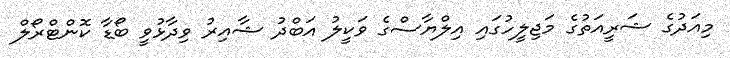
މިއަދުގެ ޝަރީއަތުގެ މަޖިލީހުގައި އިލްޔާސްގެ ވަކީލު އަބްދު ޝާއިރު ވިދާޅުވީ ބޯޑާ ކޮންޓްރޯލް